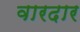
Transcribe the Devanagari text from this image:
वारदार